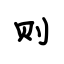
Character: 则